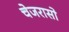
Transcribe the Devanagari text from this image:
चेजरासो